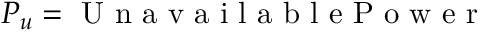
P _ { u } = \mathrm { ~ U ~ n ~ a ~ v ~ a ~ i ~ l ~ a ~ b ~ l ~ e ~ P ~ o ~ w ~ e ~ r ~ }